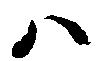
ハ